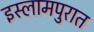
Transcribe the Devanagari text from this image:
इस्लामपुरात